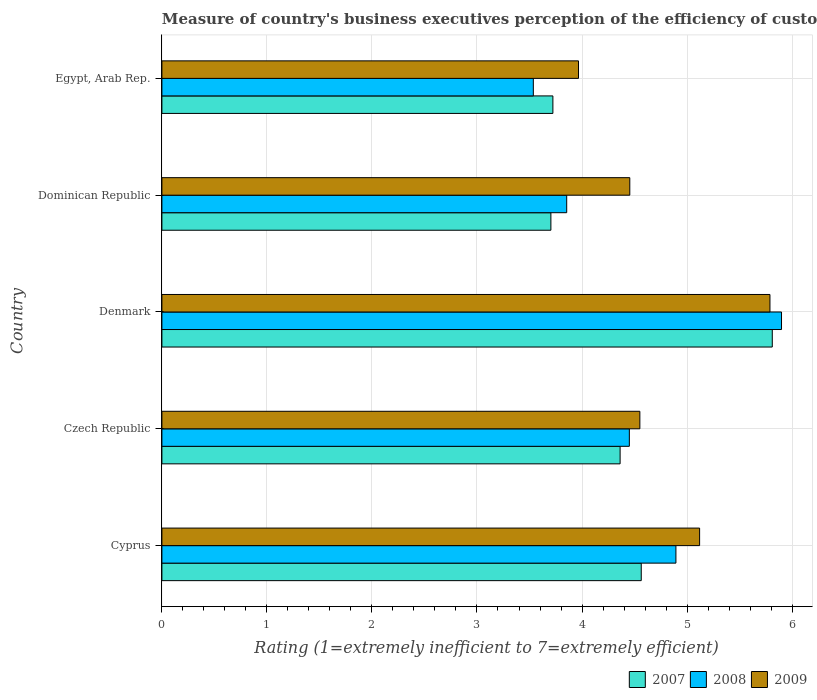
| Country | 2007 | 2008 | 2009 |
 | --- | --- | --- | --- |
 | Cyprus | 4.56 | 4.89 | 5.12 |
 | Czech Republic | 4.36 | 4.45 | 4.55 |
 | Denmark | 5.81 | 5.9 | 5.79 |
 | Dominican Republic | 3.7 | 3.85 | 4.46 |
 | Egypt, Arab Rep. | 3.72 | 3.54 | 3.97 |